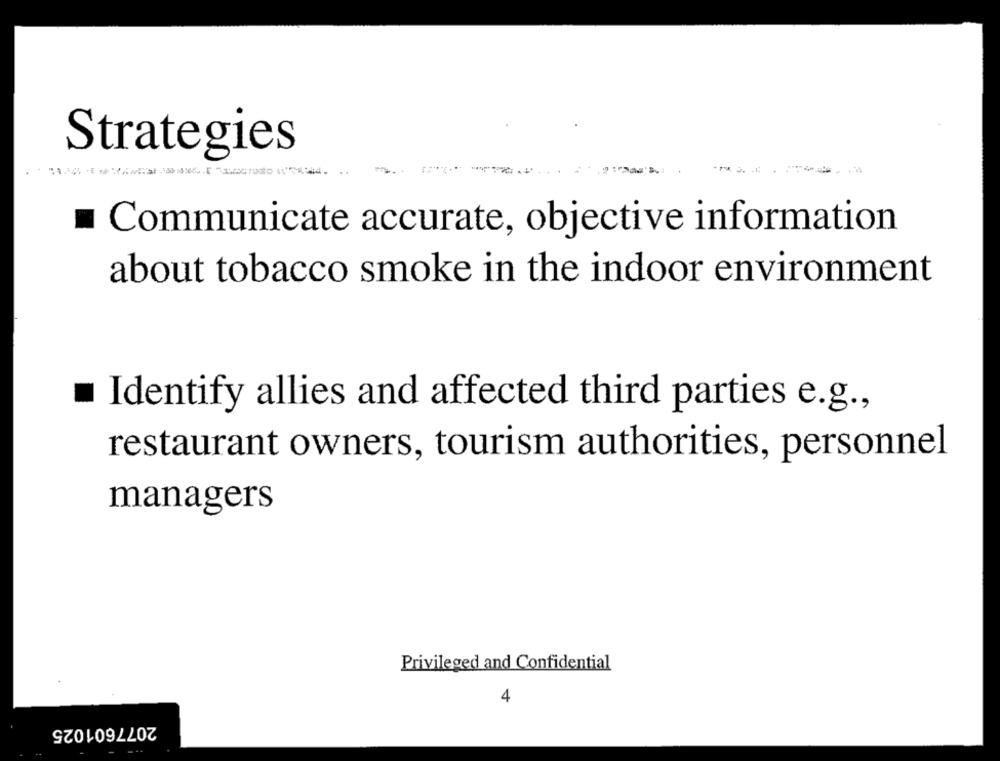
Strategies
---------
Communicate accurate, objective information
about tobacco smoke in the indoor environment
.
Identify allies and affected third parties e.g .,
restaurant owners, tourism authorities, personnel
managers
Privileged and Confidential
4
2077601025